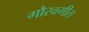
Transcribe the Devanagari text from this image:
गौरवगीत